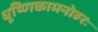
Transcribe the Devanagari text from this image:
धूष्णिकामनोहरः